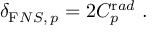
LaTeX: \delta _ { { \mathrm F N S } , \, p } = 2 C _ { p } ^ { \mathrm r a d } ~ .